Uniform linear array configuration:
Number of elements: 4
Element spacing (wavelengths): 0.25
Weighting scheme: hamming
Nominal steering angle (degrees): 60
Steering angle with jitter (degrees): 61.975
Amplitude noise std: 0.05
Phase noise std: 0.05

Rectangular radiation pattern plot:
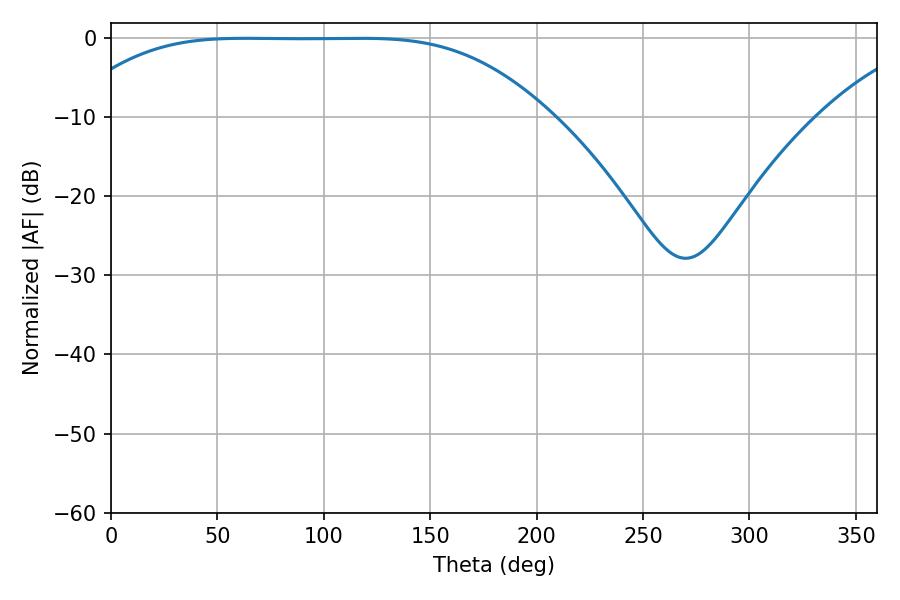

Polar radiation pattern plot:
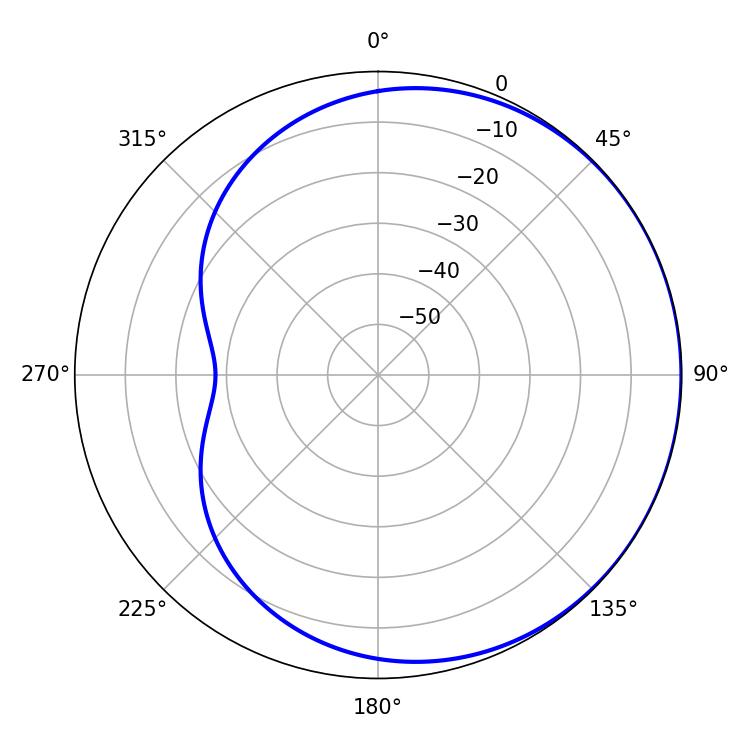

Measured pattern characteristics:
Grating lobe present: FALSE
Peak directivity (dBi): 0.4487
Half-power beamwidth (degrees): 168.12
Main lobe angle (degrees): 63.36